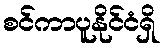
စင်ကာပူနိုင်ငံရှိ